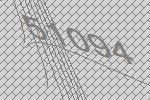
51094